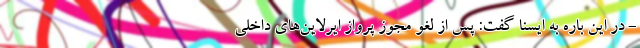
- در این باره به ایسنا گفت: پس از لغو مجوز پرواز ایرلاین‌های داخلی